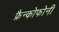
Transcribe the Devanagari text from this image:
फ्रैन्कोफोनी